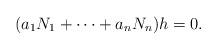
LaTeX: \begin{align*}(a_1 N_1 + \dotsb + a_n N_n) h = 0.\end{align*}